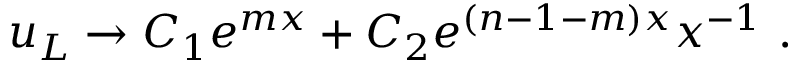
u _ { L } \to C _ { 1 } e ^ { m x } + C _ { 2 } e ^ { ( n - 1 - m ) x } x ^ { - 1 } ~ .